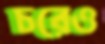
চরেও